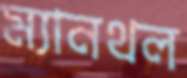
ম্যানথল